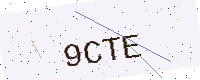
Text: 9CTE